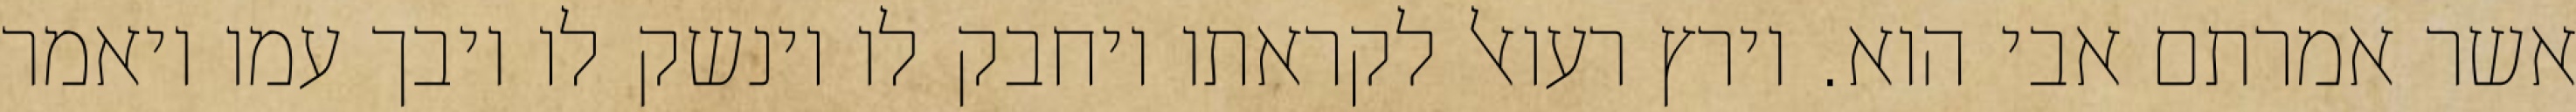
אשר אמרתם אבי הוא. וירץ רעואל לקראתו ויחבק לו וינשק לו ויבך עמו ויאמר